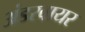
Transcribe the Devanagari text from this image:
अंडरवायर